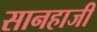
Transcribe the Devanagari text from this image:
सानहाजी